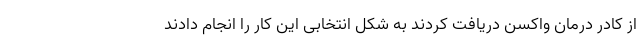
از کادر درمان واکسن دریافت کردند به شکل انتخابی این کار را انجام دادند